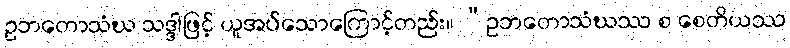
ဥဘတောသံဃ သဒ္ဒါဖြင့် ယူအပ်သောကြောင့်တည်း။ “ဥဘတောသံဃဿ စ စေတိယဿ